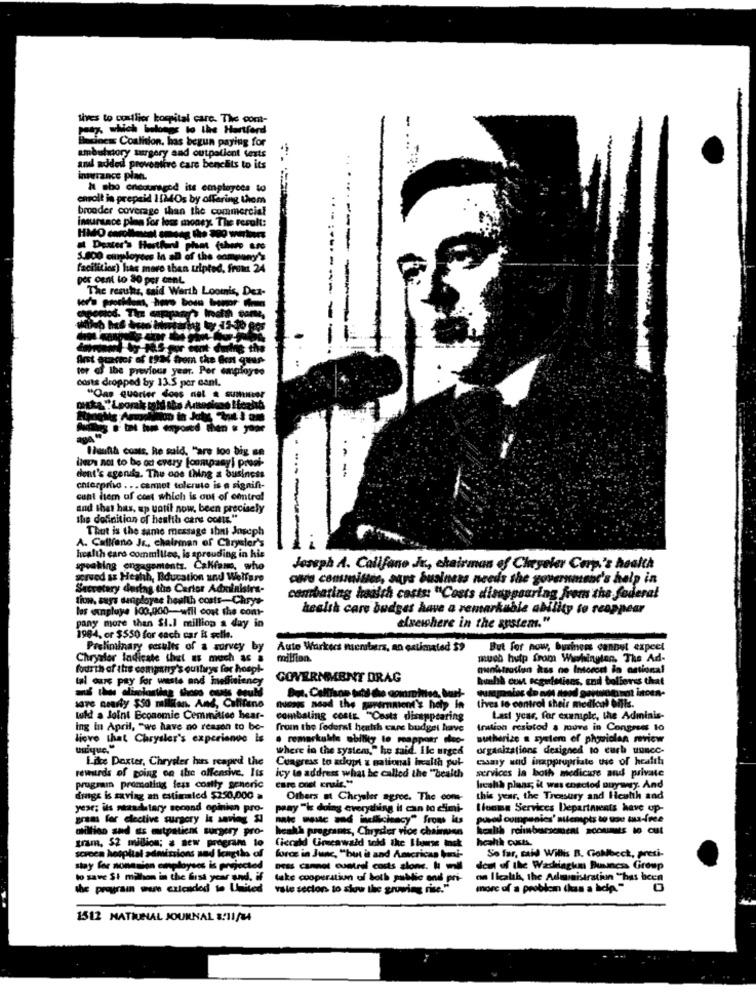
lives to costlier kompital care. The com-
Business Coalition, has begun paying for
-...
umbistory surgery and outpatient texts
and added preventive care benchits to its
insurance plan.
I sho encouraged its employees to
enroll in prepaid 1134Os by offering thom
broader coverage than the commercial
...
mursace plan for loss money. The result:
a Dexter's Hasthend phat fohnto asc
5.800 employees in all of the company's
facilition) has more then uripted, front 24
por cent to 30 per cent
The resuts, said Werth Loomis, Dex-
-
----
fulne the
Arst ecastor of toMl from the Got quup-
ter of the previous year. Per employee
odsts dropped by 13.5 por cant.
"Oae quorier does not & Sumter
Hautth costs, he said, "are too big se
has not to be ou every fonmpanyi prosi-
-
dont's agenda. The one thing a business
enterprise . .. cannot tolerate is a sign
cant liem af coet which is out of central
and that has, up until now, been precisely
the definition of health care cotis."
Thut is the same message shni Joseph
A. Calliano Jr ., chairman of Chrysler's
health care commillee, is aprouding in his
speaking engagements. Calfame, who
Joseph A. Califano Jr ., chairman of Chrysler Corp's health
served as Health, Rducation und Welfare
cave committee, says business needs the government's help in
Secretary during the Carior Adnilnisirs-
tiun, says sanployae health costs-Chrys
combating health casts: "Costs disappearing frons the federal
les expluje 100,000-will cost the comt-
hesisk care budget have a remarkable ability to reappear
pany more than $1.1 million a day in
elsewhere in the systems."
1984, or $550 for each car it selle.
Preliminary esults of a survey by
Auto Workers menbers, an estimated $9
But for now, business cannot expect
Chrysler Indicate that as much as
modifion.
much hutp from Washington. The Ad-
fourth of the company's quitrys for hospi-
ministrotion has no Interest in antional
tal ours pay for weste and inefficiency
GOVERNMENT DRAG
heathà cont seguetises, and believes that
--------
save nearly $50 militan, And, Califene
At inoEn-
nuonis need the geremmient's help in
tives to control their medical Ofk.
told a Joint Economic Cemmitico hear-
combating costs. "Costs disappearing
Last year, for example, the Adminis-
Ing in April, "we have no reason to be-
from the foderat health care budget have
tration resistod a move in Congress to
lieve that Chrysler's experience is
· remarkable ability to meappear doc-
sutherize a system of physiolan review
unique,"
where in the system," he said. ile urged
organizations designed to curb uuncc-
Lie Dexter, Chrysler hus reaped the
Congress to adopt z national health pul-
camy and inappropriate use of health
rewards of going on the offensive. Its
ivy to address what be called the "health
services la both medicare and private
care onet enale."
program promoting fess contty generic
lrealtà plans; it was enacted ouyay. And
dings is saving an estimated $250,000 a
Others a Chrysler agree. The cons-
this year, the Treasury and Health and
yese; ils nezadlutary second opinion pro-
paay "is doing everything it can to dimi-
llone Services Departments have op-
gram for clective surgery le sering &
pusod cumpunics' attempts to uou ta-free
dillfico sad as outpatient surgery pro-
heahh programes, Chryder vice chainuss
health cucts.
tram, $2 million; & new program lo
Ciecakd Greenwald told the Ibourse insk
screen hospital admissions ned lengtlo of
force in June, "but it and Amcrican boni-
So far, said Willis B. Goklbeck, presi-
stay for nonasien conployses is projected ness cannot cuatrol costs slone. ham
dom of the Washingkm Business Group
to save $1 million in the first year and, if take cooperation of both public end pr
lake cooperation of both public and pri-
on Ilcalık, the Admaistratinn "has been
the prograin were extended to Utter
vale sectors to show the growing risc."
more of a problem (has a hole"
O
1512 MATINAL JOURNAL 1/11/34